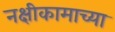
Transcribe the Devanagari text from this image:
नक्षीकामाच्या